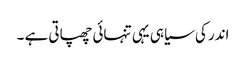
اندر کی سیاہی یہی تنہائی چھپاتی ہے ۔